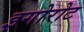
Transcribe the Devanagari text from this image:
इगोरोट